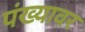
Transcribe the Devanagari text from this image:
पंख्यावर